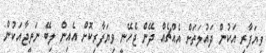
ވިޔަފާރި އަކުން ދައުލަތަށް އެއްޗެއް ދޭން ޖެހޭނީ ވިޔަފާރިކޮށް އެއިން ލިބޭ ނަތީޖާއަކުން